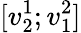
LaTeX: [v_{2}^{1};v_{1}^{2}]